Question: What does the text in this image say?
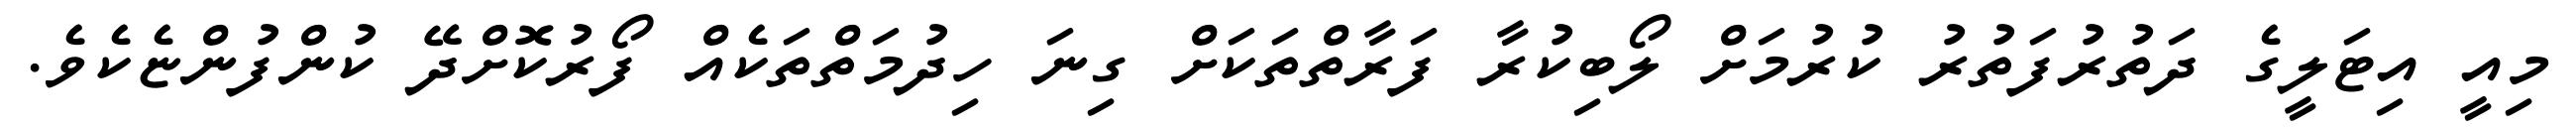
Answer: މިއީ އިޓަލީގެ ދަތުރުފަތުރު ކުރުމަށް ލޯބިކުރާ ފަރާތްތަކަށް ގިނަ ހިދުމަތްތަކެއް ފޯރުކޮށްދޭ ކުންފުންޏެކެވެ.